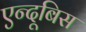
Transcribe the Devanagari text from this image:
एन्दूबिस